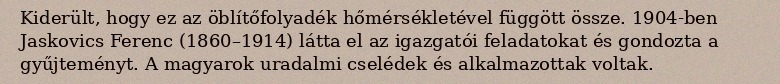
Kiderült, hogy ez az öblítőfolyadék hőmérsékletével függött össze. 1904-ben Jaskovics Ferenc (1860–1914) látta el az igazgatói feladatokat és gondozta a gyűjteményt. A magyarok uradalmi cselédek és alkalmazottak voltak.